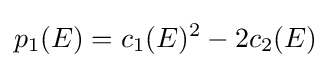
p_{1}(E)=c_{1}(E)^{2}-2c_{2}(E)